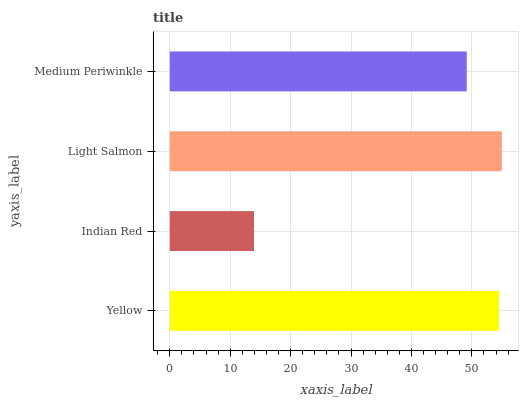
| yaxis_label | bars |
 | --- | --- |
 | Yellow | 54.5 |
 | Indian Red | 13.9 |
 | Light Salmon | 55 |
 | Medium Periwinkle | 49.2 |